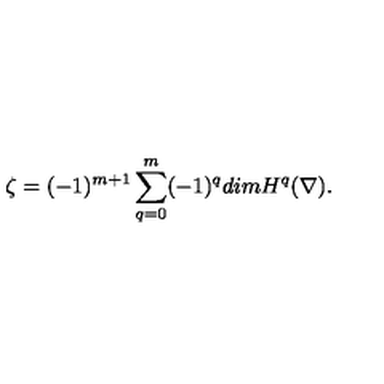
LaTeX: \zeta = ( - 1 ) ^ { m + 1 } \sum _ { q = 0 } ^ { m } ( - 1 ) ^ { q } d i m H ^ { q } ( \nabla ) .